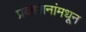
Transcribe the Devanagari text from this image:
प्रकाशनांमधून